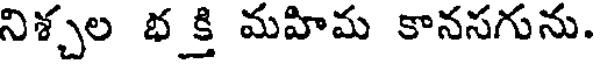
నిశ్చల భక్తి మహిమ కానసగును.